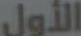
الأول